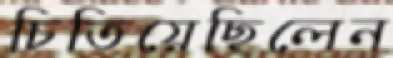
চিতিয়েছিলেন